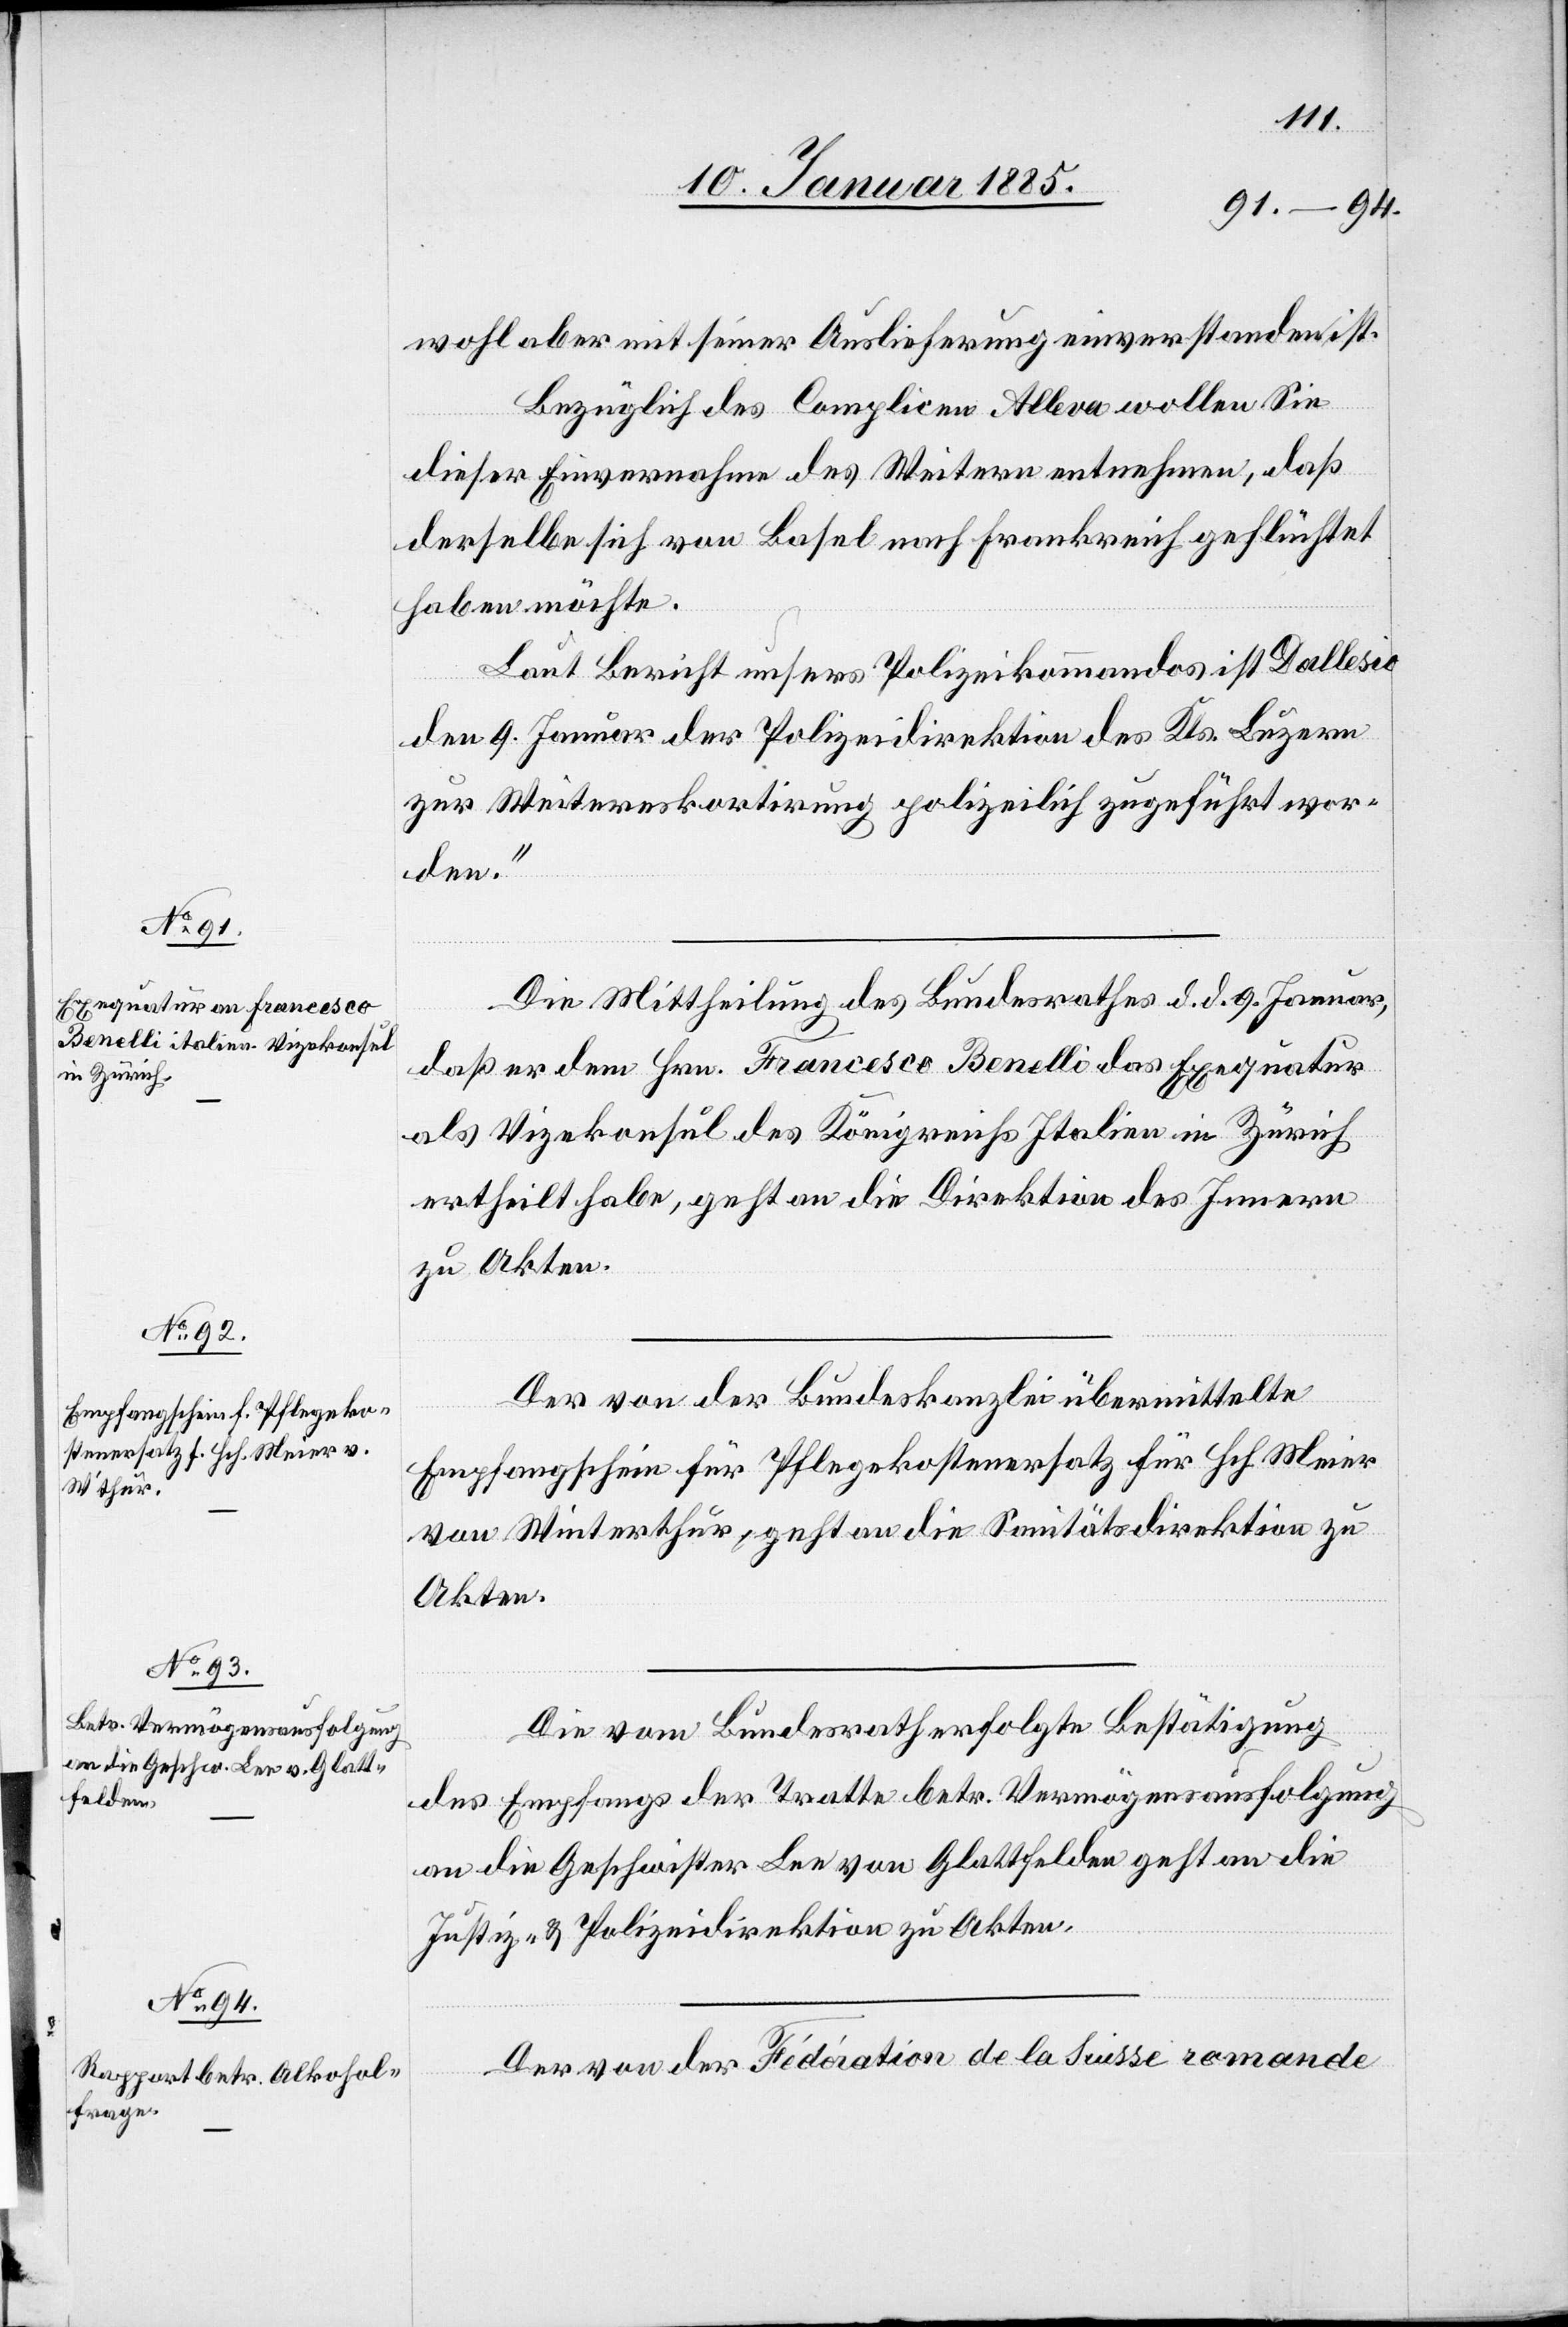
10. Januar 1885.]
wohl aber mit seiner Auslieferung einverstanden ist.
Bezüglich des Complicen Alleva wollen Sie
dieser Einvernahme des Weitern entnehmen, daß
derselbe sich von Basel nach Frankreich geflüchtet
haben möchte.
Laut Bericht unsers Polizeikommandos ist Dallesio
den 9. Januar der Polizeidirektion des Kts. Luzern
zur Weitereskortirung polizeilich zugeführt wor¬
den.“
Die Mittheilung des Bundesrathes d. d. 9. Januar,
daß der dem Hrn. Francesco Benelli das Exequatur
als Vizekonsul des Königreichs Italien in Zürich
ertheilt habe, geht an die Direktion des Innern
zu Akten.
Der von der Bundeskanzlei übermittelte
Empfangschein für Pflegekostenersatz für Hch. Meier
von Winterthur, geht an die Sanitätsdirektion zu
Akten.
Die vom Bundesrath erfolgte Bestätigung
des Empfangs der Tratte betr. Vermögensausfolgung
an die Geschwister Lee von Glattfelden geht an die
Justiz- und Polizeidirektion zu Akten.
Der von der Fédération de la Suisse romande